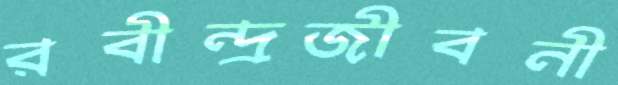
রবীন্দ্রজীবনী